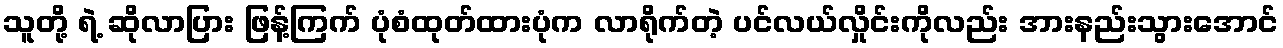
သူတို့ ရဲ့ ဆိုလာပြား ဖြန့်ကြက် ပုံစံထုတ်ထားပုံက လာရိုက်တဲ့ ပင်လယ်လှိုင်းကိုလည်း အားနည်းသွားအောင်